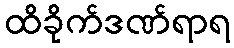
ထိခိုက်ဒဏ်ရာရ